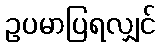
ဥပမာပြရလျှင်